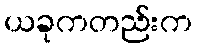
ယခုကတည်းက